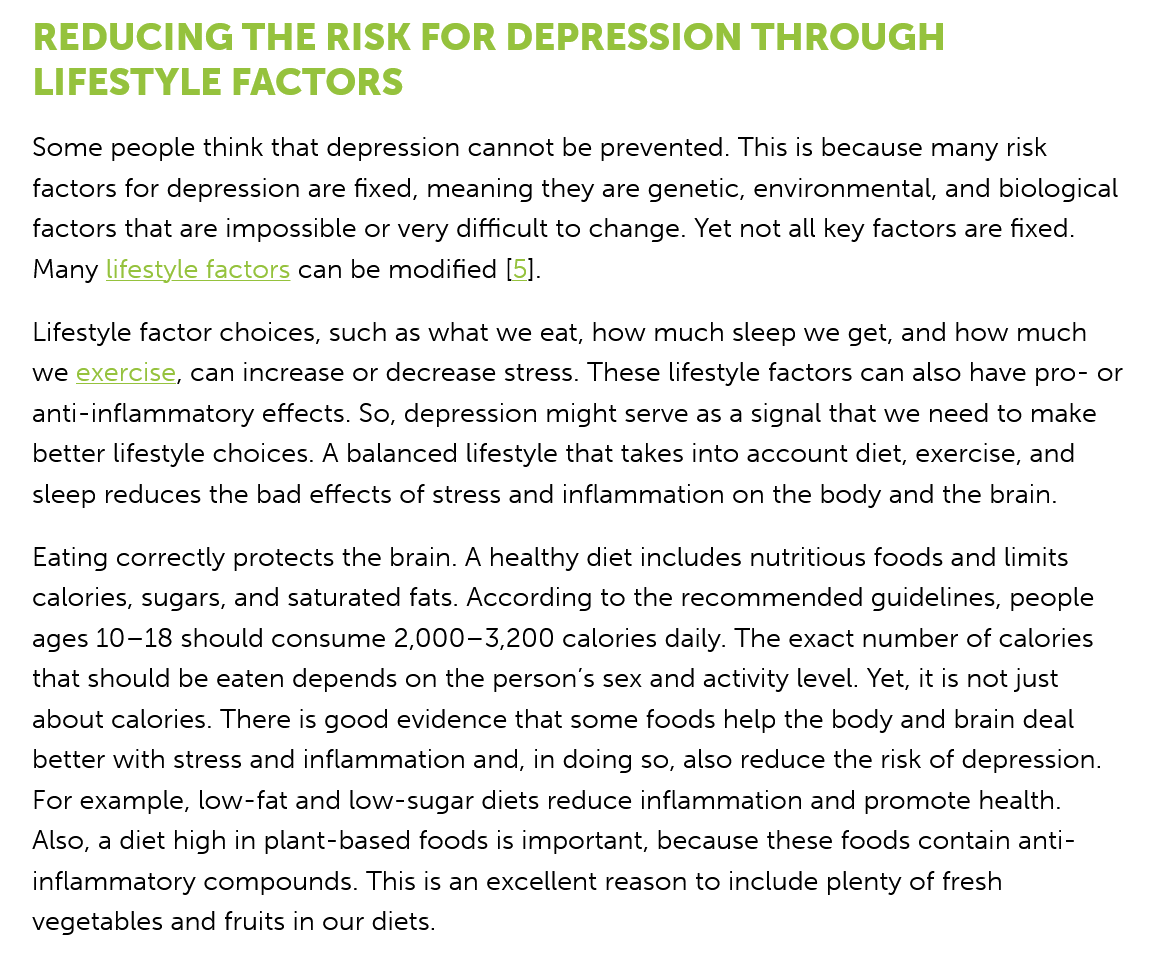
REDUCING    THE   RISK   FOR    DEPRESSION    THROUGH
   LIFESTYLE    FACTORS
   Some people  think that depression cannot be prevented. This is because many risk
   factors for depression are fixed, meaning they are genetic, environmental, and biological
   factors that are impossible or very difficult to change. Yet not all key factors are fixed.
   Many lifestyle factors can be modified [5].
   Lifestyle factor choices, such as what we eat, how much sleep we get, and how much
   we exercise, can increase or decrease stress. These lifestyle factors can also have pro- or
   anti-inflammatory effects. So, depression might serve as a signal that we need to make
   better lifestyle choices. A balanced lifestyle that takes into account diet, exercise, and
   sleep reduces the bad effects of stress and inflammation on the body and the brain.
   Eating correctly protects the brain. A healthy diet includes nutritious foods and limits
   calories, sugars, and saturated fats. According to the recommended guidelines, people
   ages 10-18 should consume  2,000-3,200 calories daily. The exact number of calories
   that should be eaten depends on the person's sex and activity level. Yet, it is not just
   about calories. There is good evidence that some foods help the body and brain deal
   better with stress and inflammation and, in doing so, also reduce the risk of depression.
   For example, low-fat and low-sugar diets reduce inflammation and promote health.
   Also, a diet high in plant-based foods is important, because these foods contain anti-
   inflammatory compounds. This is an excellent reason to include plenty of fresh
   vegetables and fruits in our diets.